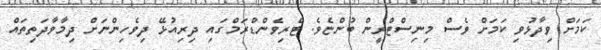
ކަމަށް ވިދާޅުވި ކަމަށް ވެސް މިނިސްޓްރީން ބުންޏެވެ. ޓްރިވެންޑްރަމްގައި ދިރިއުޅޭ ދިވެހިންނަށް ދިމާވާދަތިތައް